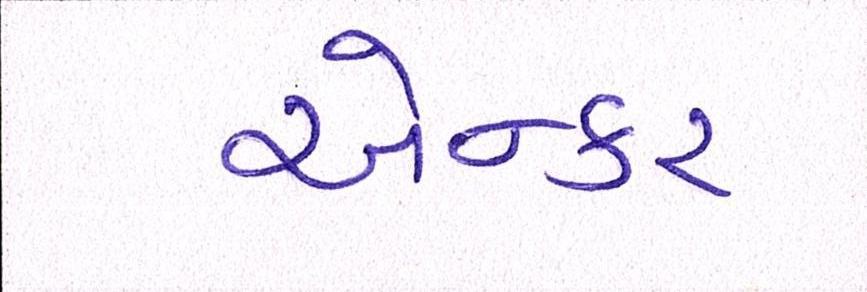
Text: એન્કર